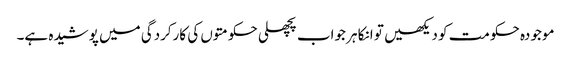
موجودہ حکومت کو دیکھیں تو انکا ہر جواب پچھلی حکومتوں کی کارکردگی میں پوشیدہ ہے۔